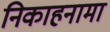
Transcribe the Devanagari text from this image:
निकाहनामा